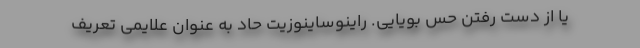
یا از دست رفتن حس بویایی. راینوساینوزیت حاد به عنوان علایمی تعریف